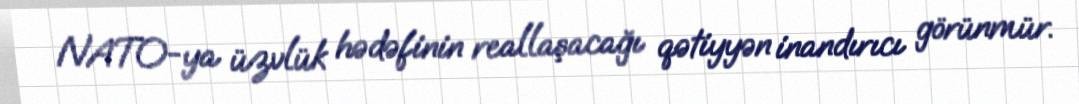
NATO-ya üzvlük hədəfinin reallaşacağı qətiyyən inandırıcı görünmür.